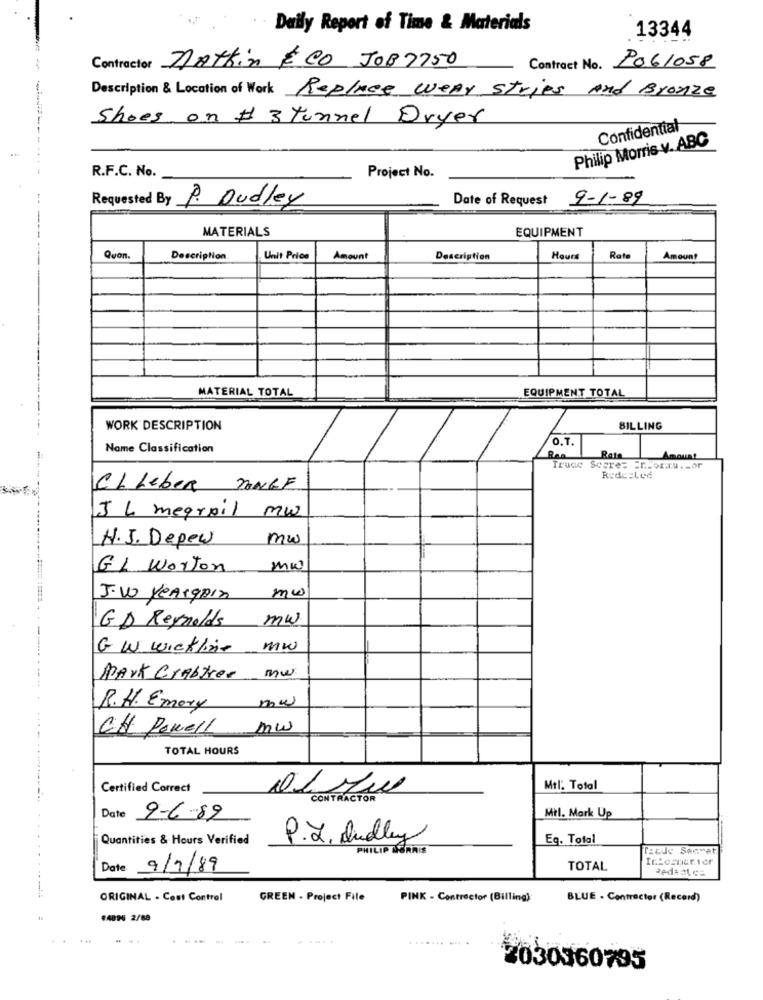
Daily Report of Time & Materials
13344
Contractor nattin É CO JOB7750
Contract No. P061058
Description & Location of Work Replace wear strips And Bronze
Shoes on # 3 Tunnel Dryer
Confidential
Philip Morris v. ABC
R.F.C. No.
Project No.
--
Requested By P. Dudley
Date of Request
9-1-89
MATERIALS
EQUIPMENT
Quon
Description
Unit Price
Amount
Description
Hours
Rat
Amount
MATERIAL TOTAL
EQUIPMENT TOTAL
WORK DESCRIPTION
BILLING
0.7.
Name Classification
Rata
Truce Score= = r.otru .- or
Rede=Led
CL Leber JONGE
mw
IL megrail
N.J. Depew
mw
GL Worton
mw
mw
J.W Yeargain
GD Reynolds
mw
G W wickline
mw
Park Crabter
mw
R.H. Emory
mow
CH Powell
mw
TOTAL HOURS
Certified Correct
Mtl. Total
CONTRACTOR
Date 9-6-89
Mil. Mark Up
Quantities & Hours Verified
P.L. dudley
Eq. Total
PHILIP MORRIS
Tede Seovat
Date
9/7/89
TOTAL
ORIGINAL - Cost Control
GREEN - Project File
PINK - Contractor (Billing)
BLUE - Contractor (Record)
#4096 2/68
....
....... ...
2030360795